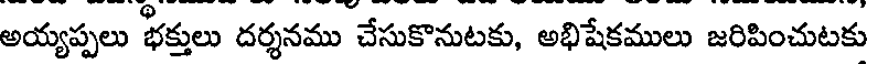
అయ్యప్పలు భక్తులు దర్శనము చేసుకొనుటకు, అభిషేకములు జరిపించుటకు